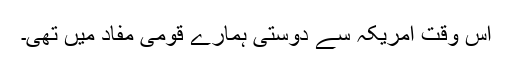
اس وقت امریکہ سے دوستی ہمارے قومی مفاد میں تھی۔